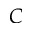
C